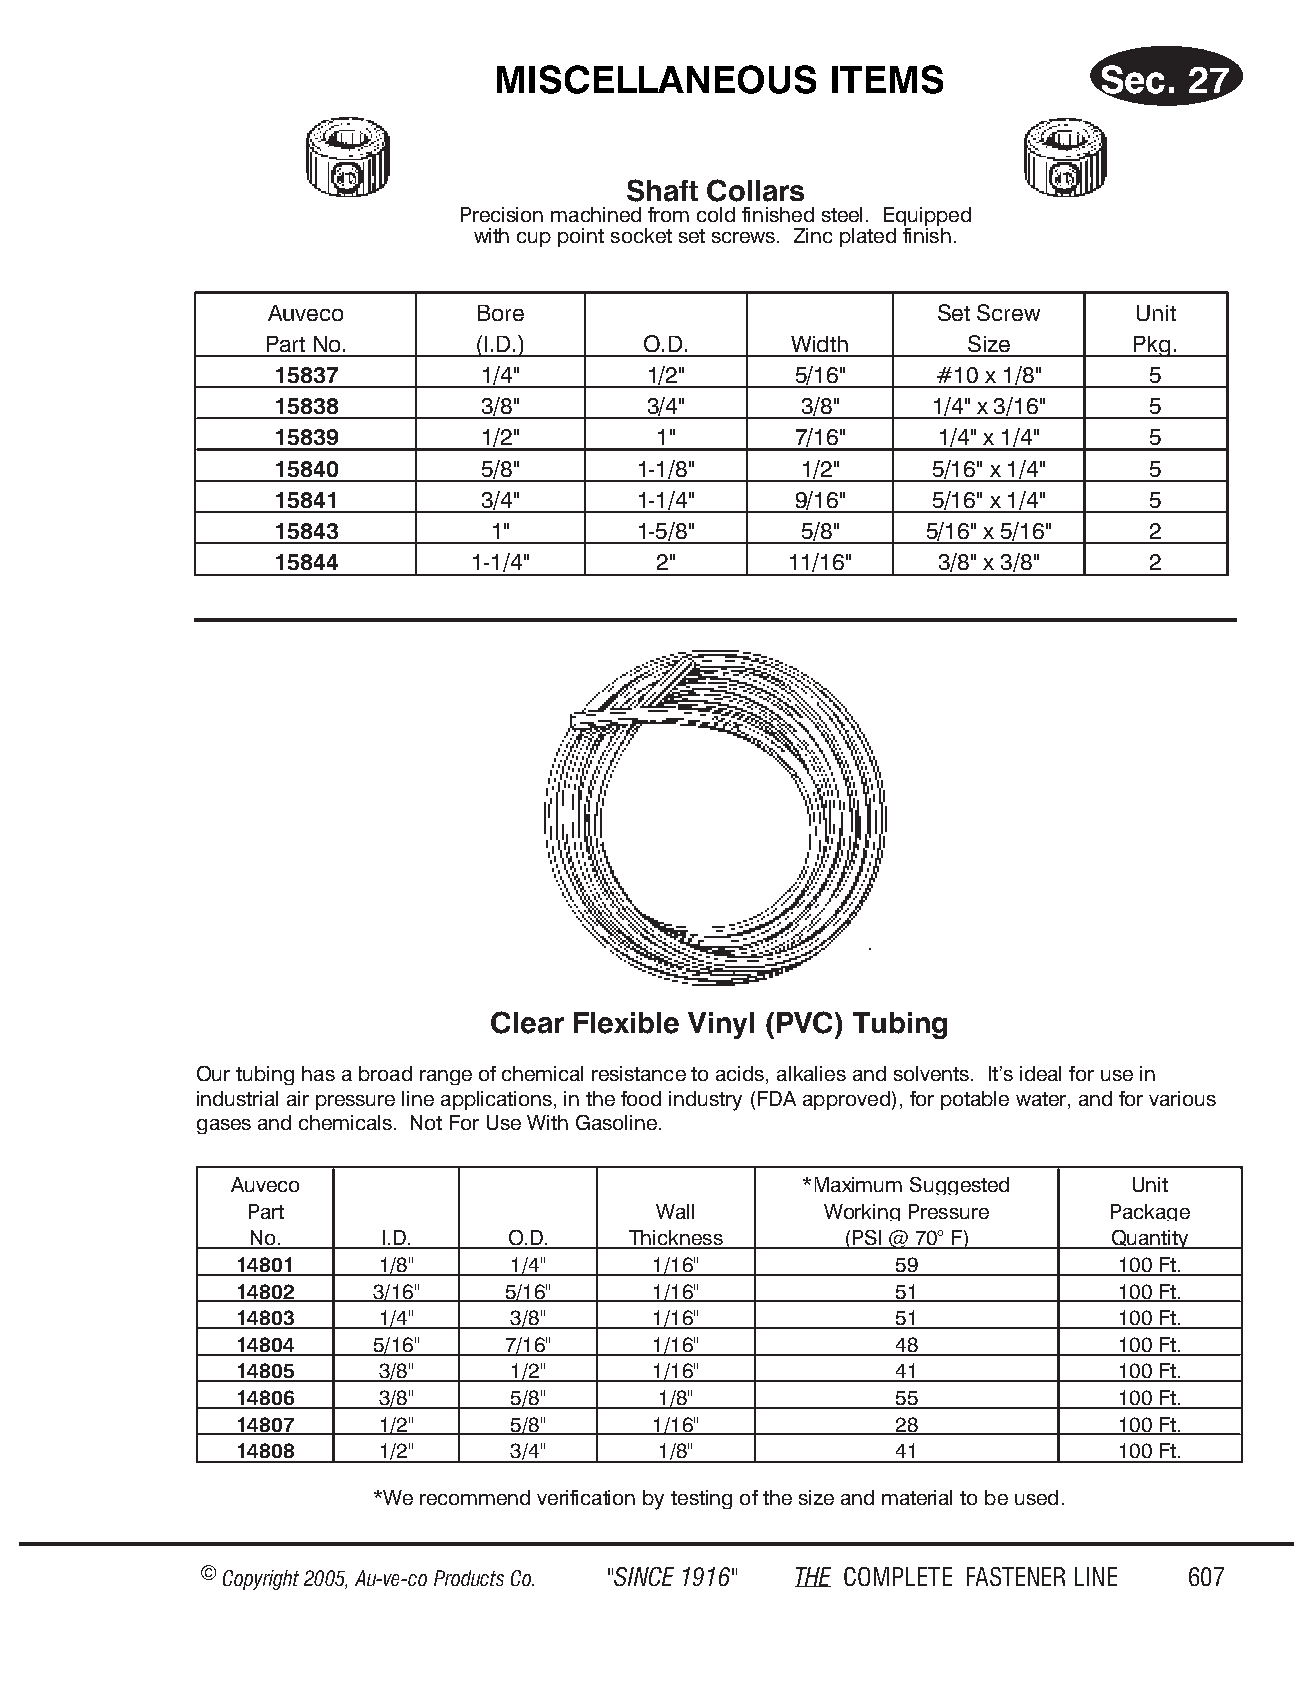
MIS CEL  LA  NEOUS    ITEMS             Sec.  27
 Shaft Collars
 Prec i sion ma chined from cold fin ished steel. Equipped
 with cup point socket set screws. Zinc plated fin ish.
 Auveco        Bore                          Set Screw    Unit
 Part No.      (I.D.)     O.D.      Width      Size       Pkg.
 15837         1/4"       1/2"      5/16"    #10 x 1/8"    5
 15838         3/8"       3/4"      3/8"     1/4" x 3/16"  5
 15839         1/2"        1"       7/16"    1/4" x 1/4"   5
 15840         5/8"      1-1/8"     1/2"     5/16" x 1/4"  5
 15841         3/4"      1-1/4"     9/16"    5/16" x 1/4"  5
 15843          1"       1-5/8"     5/8"     5/16" x 5/16" 2
 15844        1-1/4"       2"      11/16"    3/8" x 3/8"   2
 Clear Flexible Vinyl (PVC) Tubing
 Our tubing has a broad range of chemical resistance to acids, alkalies and solvents. It’s ideal for use in
 industrial air pressure line applications, in the food industry (FDA approved), for potable water, and for various
 gases and chemicals. Not For Use With Gasoline.
 Auveco                               *Maximum Suggested    Unit
 Part                       Wall       Working Pressure   Package
 No.     I.D.     O.D.    Thickness     (PSI @ 70° F)     Quantity
 14801    1/8"     1/4"     1/16"           59             100 Ft.
 14802    3/16"    5/16"    1/16"           51             100 Ft.
 14803    1/4"     3/8"     1/16"           51             100 Ft.
 14804    5/16"    7/16"    1/16"           48             100 Ft.
 14805    3/8"     1/2"     1/16"           41             100 Ft.
 14806    3/8"     5/8"      1/8"           55             100 Ft.
 14807    1/2"     5/8"     1/16"           28             100 Ft.
 14808    1/2"     3/4"      1/8"           41             100 Ft.
 *We reco mm end ver if ic a tion by test ing of the size and mat er ial to be used.
 © Copyr ight 2005, Au-ve-co Produ cts Co. "SINCE 1916" THE COM PLETE FAST ENER LINE 607